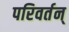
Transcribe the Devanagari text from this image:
परिवर्तन्